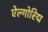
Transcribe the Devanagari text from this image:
ऐल्गोरिद्म